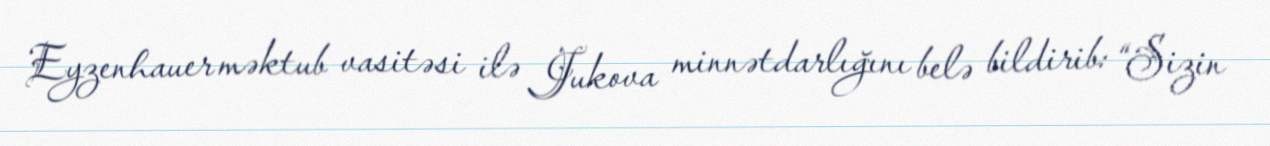
Eyzenhauer məktub vasitəsi ilə Jukova minnətdarlığını belə bildirib: “Sizin